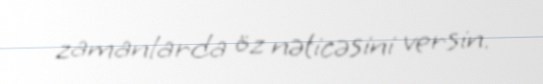
zamanlarda öz nəticəsini versin.